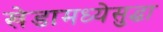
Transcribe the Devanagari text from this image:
खेडामध्येसुद्धा